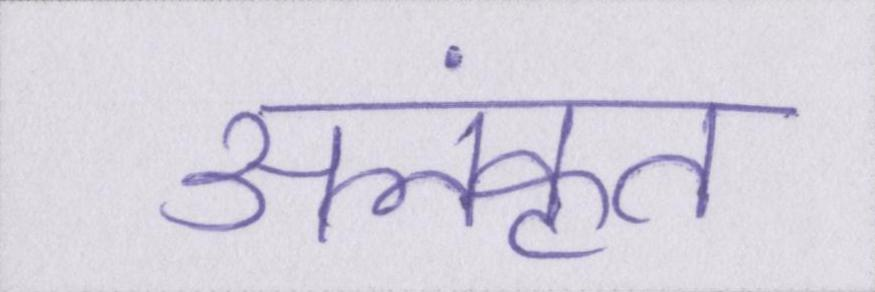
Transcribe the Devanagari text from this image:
अलंकृत